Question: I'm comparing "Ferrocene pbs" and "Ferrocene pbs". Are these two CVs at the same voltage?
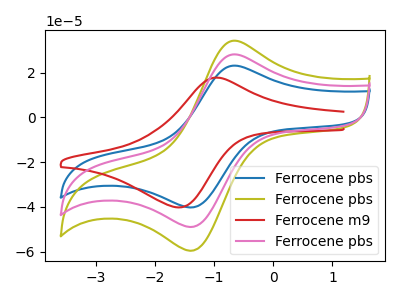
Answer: <think>The blue curve "Ferrocene pbs" has an anodic peak at (-0.70V, 23.15uA) and a cathodic peak at (-1.40V, -40.25uA). The olive curve "Ferrocene pbs" has an anodic peak at (-0.70V, 56.30uA) and a cathodic peak at (-1.40V, -98.00uA). The red curve "Ferrocene m9" has an anodic peak at (-0.95V, 17.85uA) and a cathodic peak at (-1.60V, -40.25uA). The pink curve "Ferrocene pbs" has an anodic peak at (-0.70V, 28.15uA) and a cathodic peak at (-1.40V, -49.00uA).
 All the peaks in "Ferrocene pbs" have a peak in "Ferrocene pbs" at the same potential. Every peak in "Ferrocene pbs" is lower than every peak in "Ferrocene pbs".</think>
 <answer>"Ferrocene pbs" and "Ferrocene pbs" are similar in shape.</answer>
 <eval>same_shape</eval>